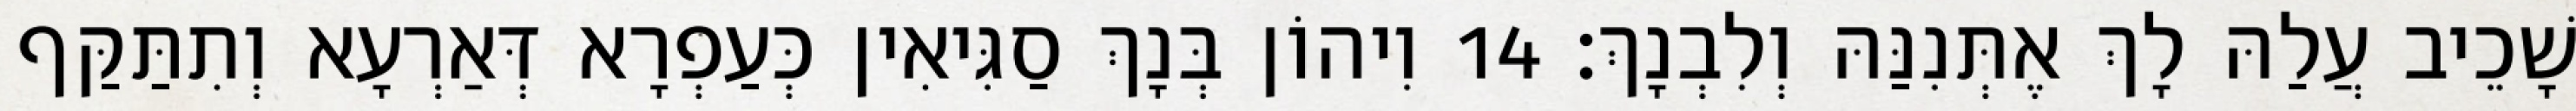
שָׁכֵיב עֲלַהּ לָךְ אֶתְּנִנַּהּ וְלִבְנָךְ׃ 14 וִיהוֹן בְּנָךְ סַגִּיאִין כְּעַפְרָא דְּאַרְעָא וְתִתַּקַּף